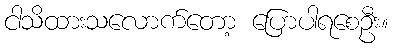
ငါသိထားသလောက်တော့ ပြောပါရစေဦး။